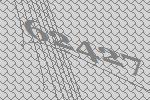
62427